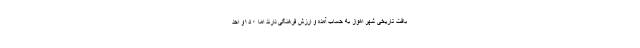
بافت تاریخی شهر اهواز به حساب آمده و ارزش فرهنگی دارند اما ۱۵۰و احد